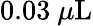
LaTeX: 0.03~\mu\mathrm{L}